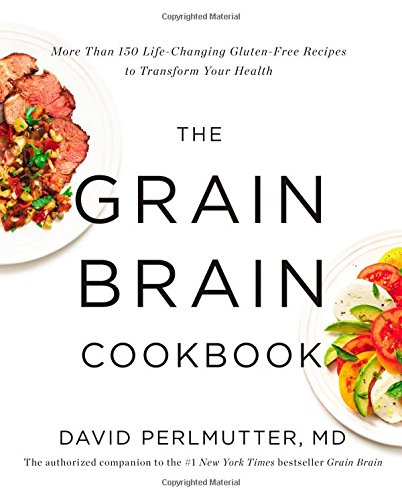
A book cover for The Grain Brain Cookbook: More Than 150 Life-Changing Gluten-Free Recipes to Transform Your Health; David Perlmutter; Cookbooks, Food & Wine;